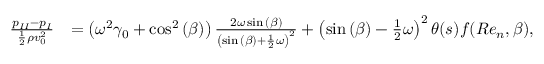
\begin{array} { r l } { \frac { { p _ { I I } } - { p _ { I } } } { \frac { 1 } { 2 } \rho v _ { 0 } ^ { 2 } } } & { = \left( \omega ^ { 2 } \gamma _ { 0 } + \cos ^ { 2 } { ( \beta ) } \right) \frac { 2 \omega \sin { ( \beta ) } } { \left( \sin { ( \beta ) } + \frac { 1 } { 2 } \omega \right) ^ { 2 } } + \left( \sin { ( \beta ) } - \frac { 1 } { 2 } \omega \right) ^ { 2 } \theta ( s ) f ( R e _ { n } , \beta ) , } \end{array}